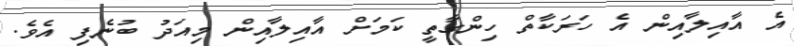
އެ އާއިލާއިން އެ ހަރަކާތް ހިންގާތީ ކަމަށް އާއިލާއިން މިއަދު ބުނެފި އެވެ.